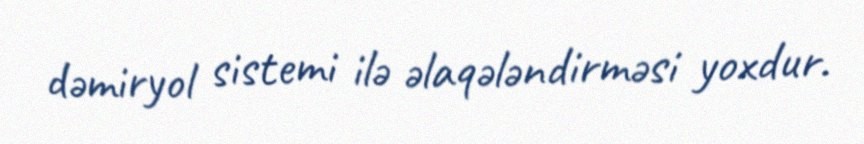
dəmiryol sistemi ilə əlaqələndirməsi yoxdur.